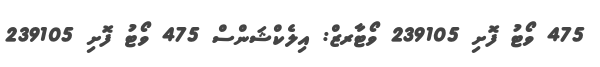
475 ވޯޓު ފޮށި 239105 ވޯޓާރޒް: އިލެކްޝަންސް 475 ވޯޓު ފޮށި 239105